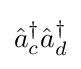
{\hat {a}}_{c}^{\dagger }{\hat {a}}_{d}^{\dagger }